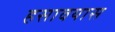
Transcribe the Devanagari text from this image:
हसावयास